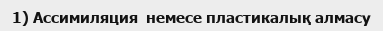
1) Ассимиляция  немесе пластикалық алмасу